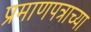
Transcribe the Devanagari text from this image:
प्रमाणपत्राच्या